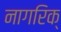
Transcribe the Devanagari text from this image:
नागरिक्